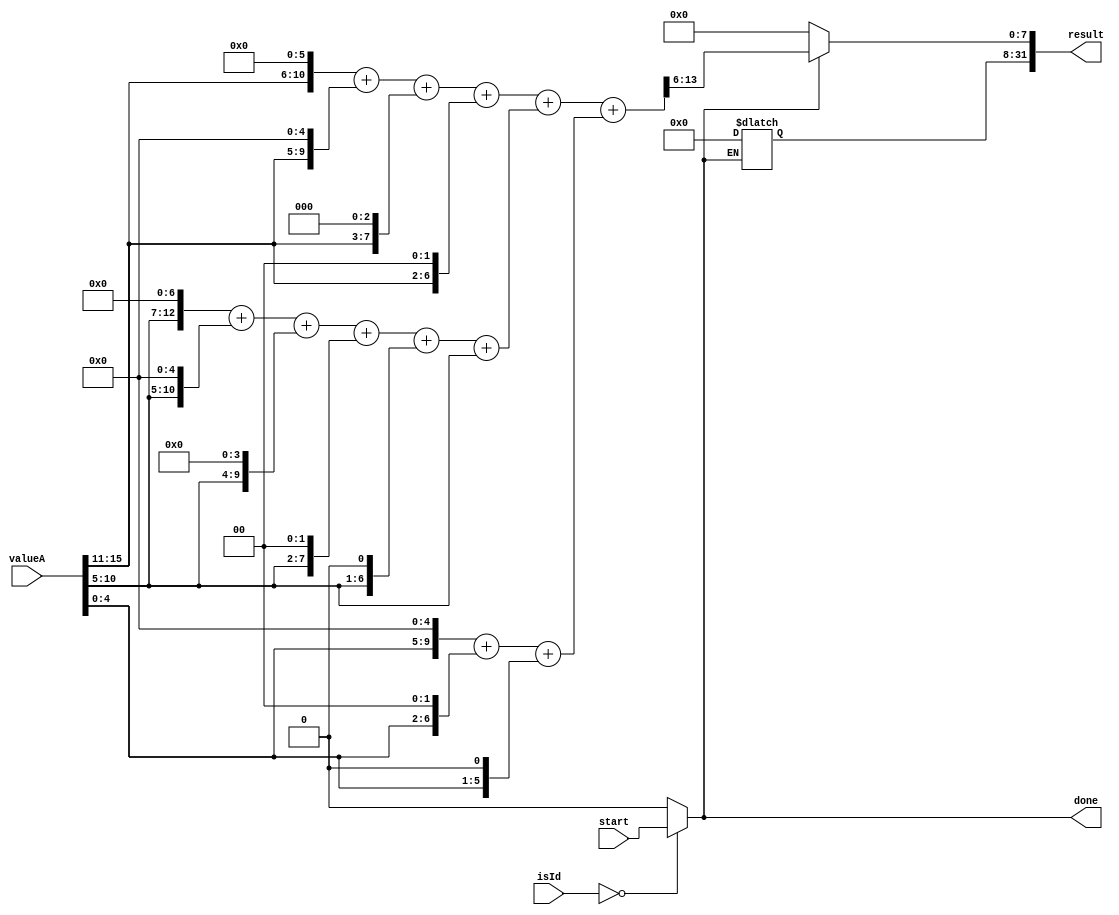
module rgb565Grayscalelse #(parameter [7:0] customInstructionId = 8'd0)
                (input wire start,
                input wire [31:0] valueA,
                input wire [7:0] isId,
                output wire done,
                output reg [31:0] result);

wire s_isMyCi = (isId == customInstructionId) ? start : 1'b0;
assign done = s_isMyCi;


/*
first version with multiplication handled by the synthesizer

wire [5:0] red_   = {valueA[15:11],1'b0};
wire [5:0] green_ =  valueA[10: 5];
wire [5:0] blue_  = {valueA[4:0],1'b0};
wire [31:0] partial = (red * 54 + green * 183 + blue * 19);
*/


wire [31:0] red_   = {26'b0, valueA[15:11], 1'b0};
wire [31:0] green_ = {26'b0, valueA[10: 5]};
wire [31:0] blue_  = {26'b0, valueA[ 4: 0],1'b0};

reg [31:0] red, green, blue, partial;

always @* begin
    red   = (red_   << 5) +
            (red_   << 4) +
            (red_   << 2) +
            (red_   << 1);
    green = (green_ << 7) +
            (green_ << 5) +
            (green_ << 4) +
            (green_ << 2) +
            (green_ << 1) +
            green_;
    blue  = (blue_  << 4) +
            (blue_  << 1) +
            blue_;
    partial = red + green + blue;

    if (s_isMyCi == 1'b0) begin
        result <= 32'd0;
    end
    else begin
      result[7:0] <= partial[13:6];
    end
end
endmodule